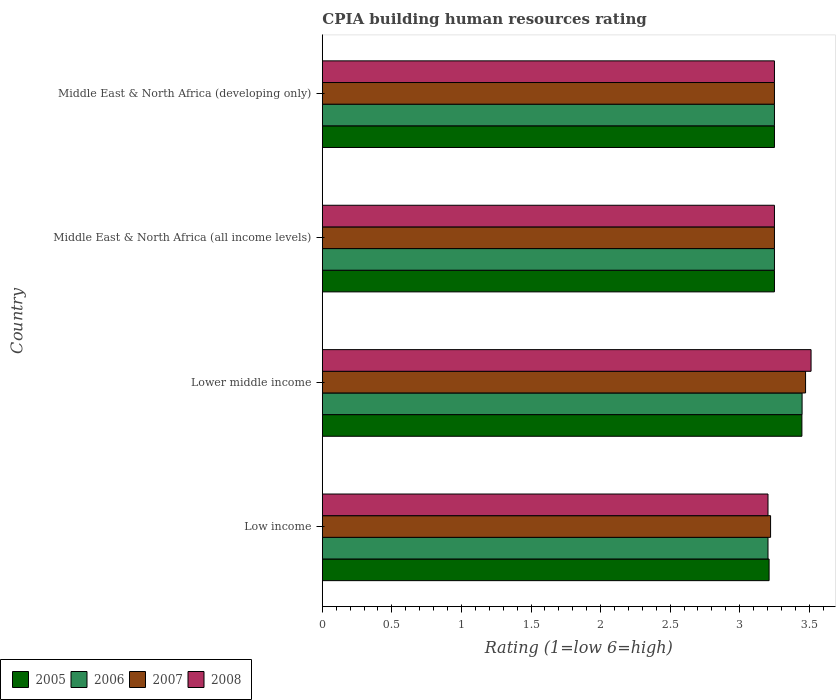
| Country | 2005 | 2006 | 2007 | 2008 |
 | --- | --- | --- | --- | --- |
 | Low income | 3.21 | 3.2 | 3.22 | 3.2 |
 | Lower middle income | 3.45 | 3.45 | 3.47 | 3.51 |
 | Middle East & North Africa (all income levels) | 3.25 | 3.25 | 3.25 | 3.25 |
 | Middle East & North Africa (developing only) | 3.25 | 3.25 | 3.25 | 3.25 |